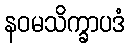
နဝမသိက္ခာပဒံ